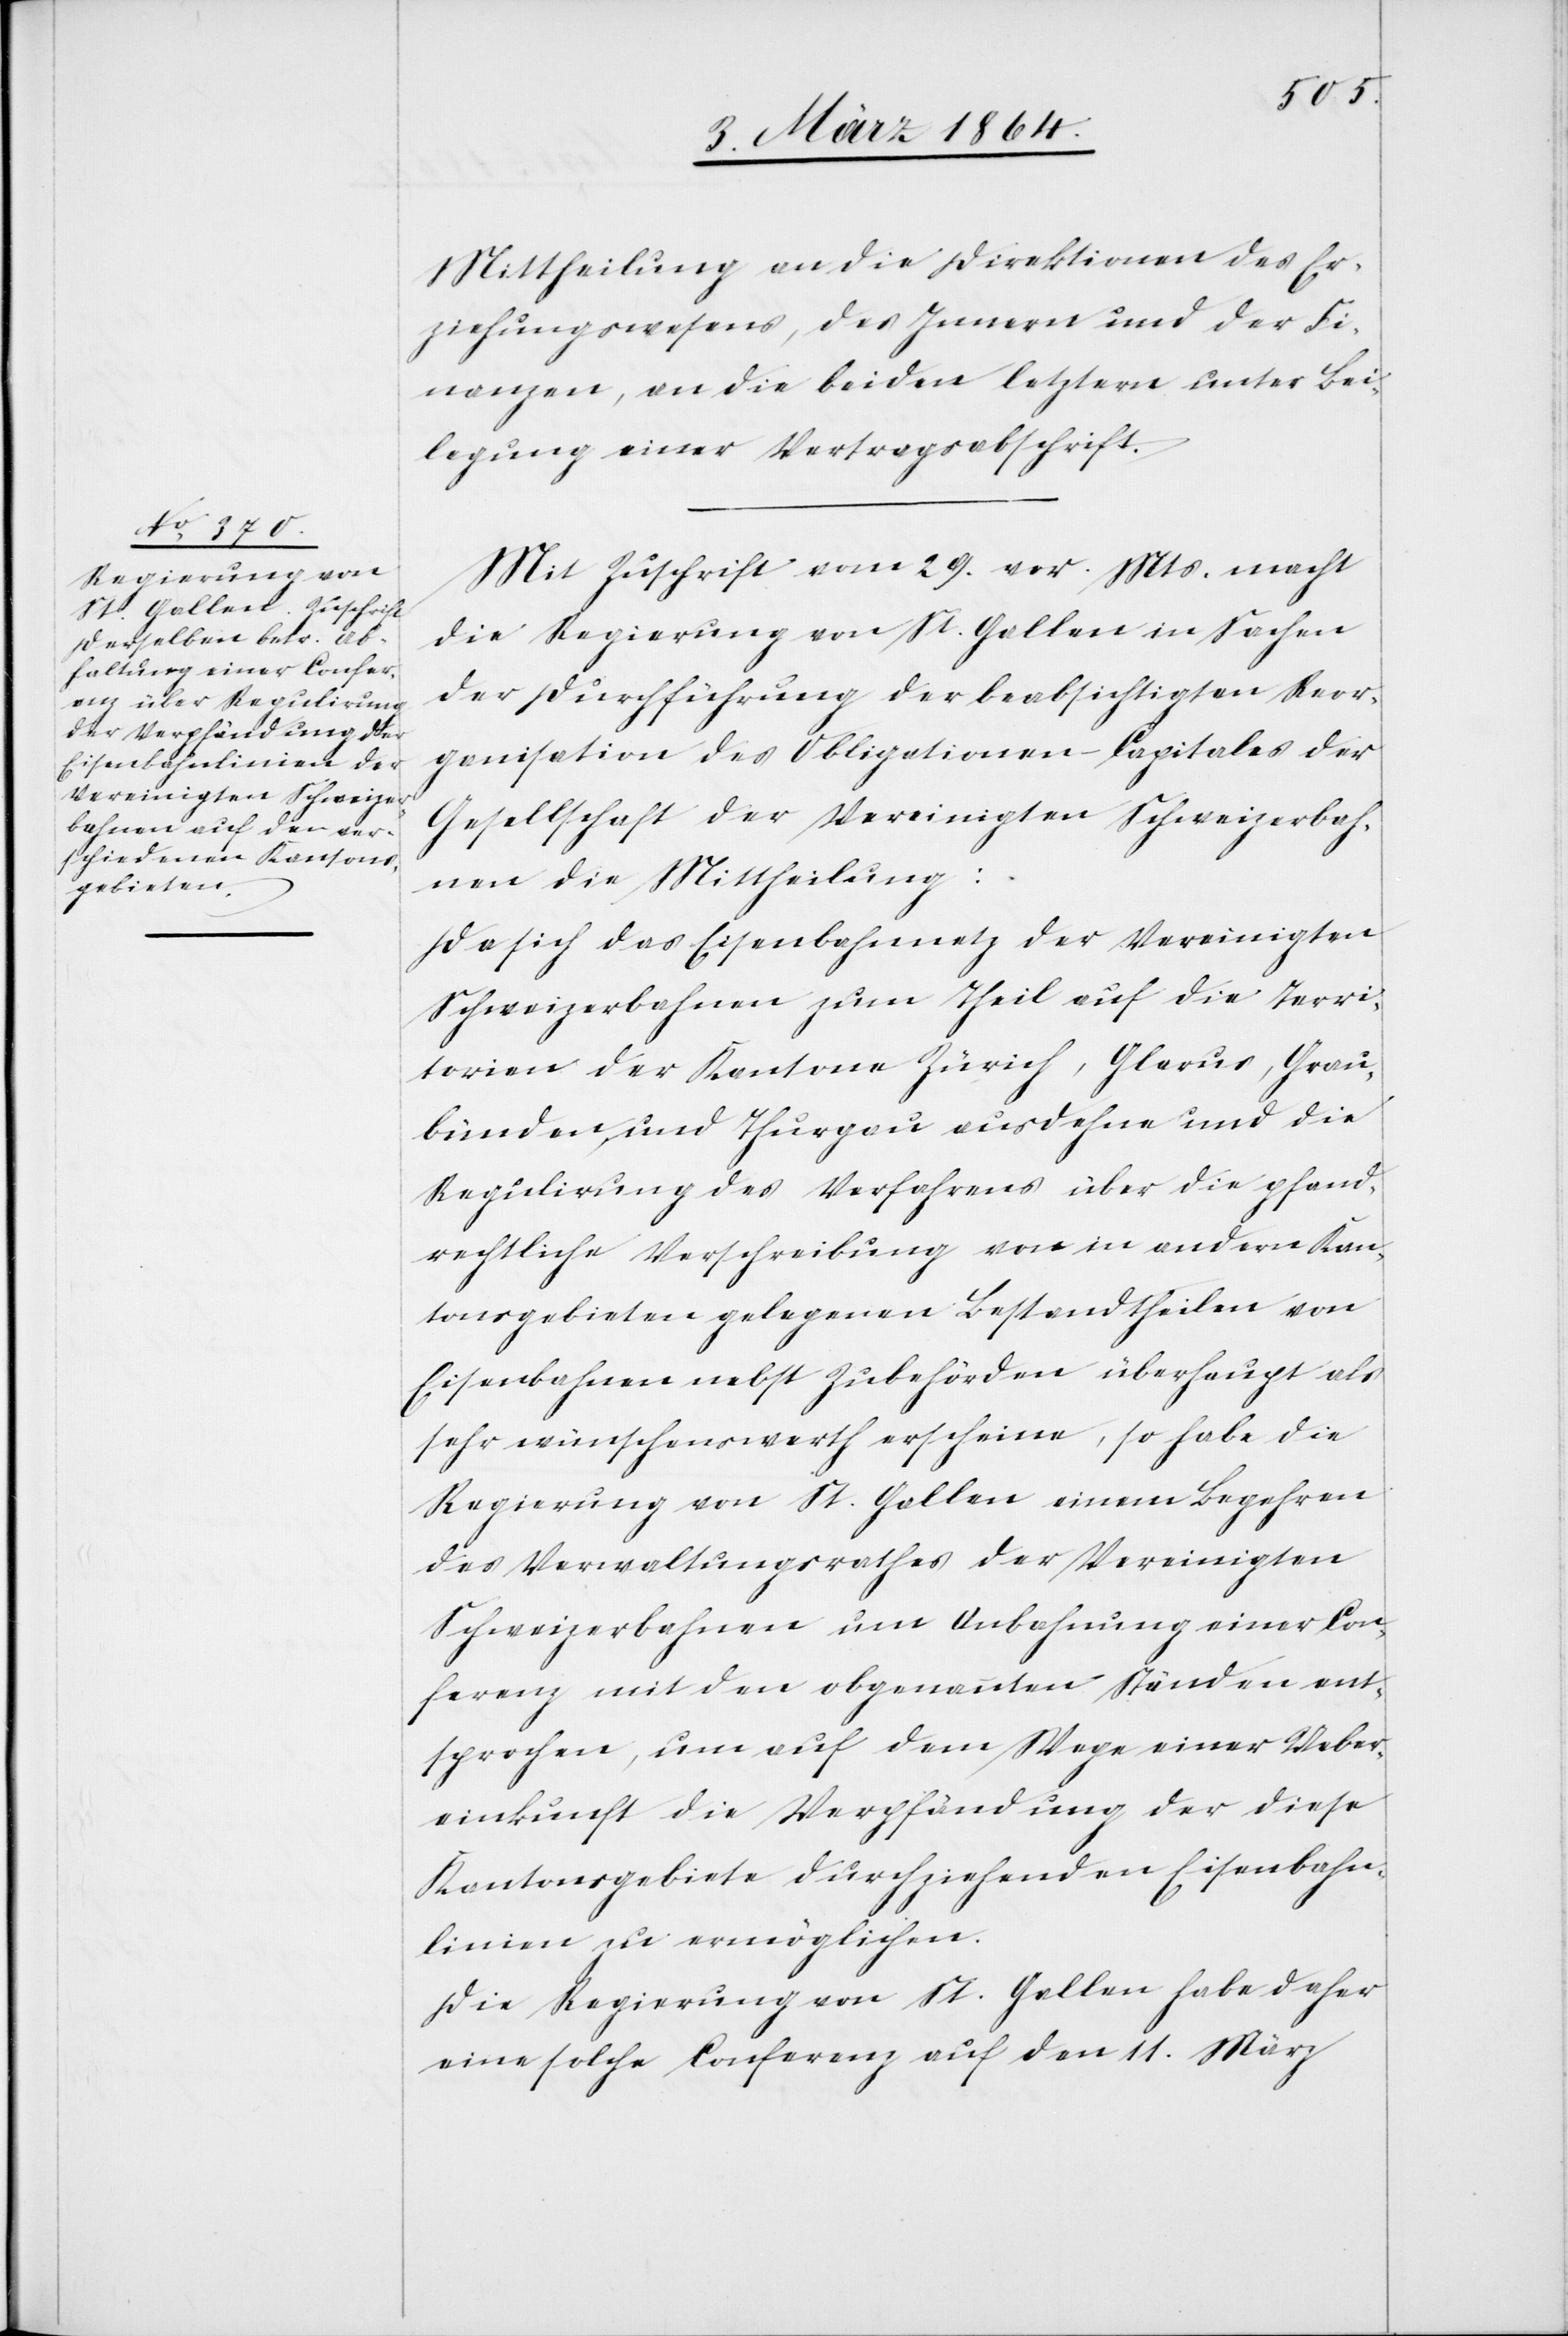
Mittheilung an die Direktionen des Er¬
ziehungswesens, des Innern und der Fi¬
nanzen, an die beiden letztern unter Bei¬
legung einer Vertragsabschrift.
Mit Zuschrift vom 29. vor. Mts macht
die Regierung von St. Gallen in Sachen
der Durchführung der beabsichtigten Reor¬
ganisation des Obligationen-Capitales der
Gesellschaft der Vereinigten Schweizerbah¬
nen die Mittheilung:
Da sich das Eisenbahnnetz der Vereinigten
Schweizerbahnen zum Theil auf die Terri¬
torien der Kantone Zürich, Glarus, Grau¬
bünden und Thurgau ausdehne und die
Regulierung des Verfahrens über die pfand¬
rechtliche Verschreibung von in andern Kan¬
tonsgebieten gelegenen Bestandtheilen von
Eisenbahnen nebst Zubehörden überhaupt als
sehr wünschenswerth erscheine, so habe die
Regierung von St. Gallen einem Begehren
des Verwaltungsrathes der Vereinigten
Schweizerbahnen um Anbahnung einer Con¬
ferenz mit den obgenannten Ständen ent¬
sprochen, um auf dem Wege einer Ueber¬
einkunft die Verpfändung der diese
Kantonsgebiete durchziehenden Eisenbahn¬
linien zu ermöglichen.
Die Regierung von St. Gallen habe daher
eine solche Conferenz auf den 11. März